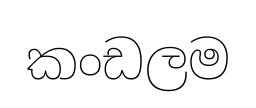
කංඩලම